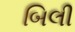
બિલી